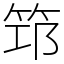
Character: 筇